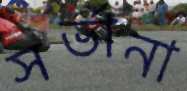
সর্ভানা